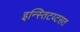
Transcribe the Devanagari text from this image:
इन्स्तिटय्टसत